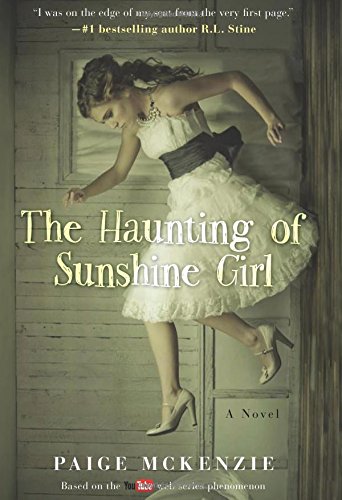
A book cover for The Haunting of Sunshine Girl: Book One; Paige McKenzie; Teen & Young Adult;